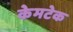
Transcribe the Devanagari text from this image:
केमटेक